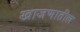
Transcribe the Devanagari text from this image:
खाजणातील